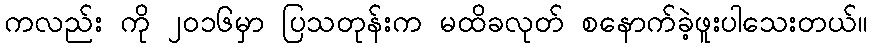
ကလည်း ကို ၂၀၁၆မှာ ပြသတုန်းက မထိခလုတ် စနောက်ခဲ့ဖူးပါသေးတယ်။